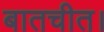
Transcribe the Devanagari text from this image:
बातचीत।